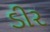
ડીર